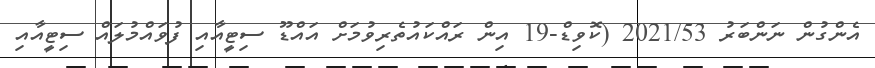
އެންގުން ނަންބަރު 2021/53 (ކޮވިޑް-19 އިން ރައްކައުތެރިވުމަށް އައްޑޫ ސިޓީއާއި ފުވައްމުލައް ސިޓީއާއި